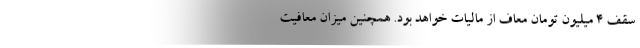
سقف ۴ میلیون تومان معاف از مالیات خواهد بود. همچنین میزان معافیت